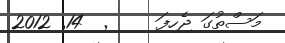
މަސްތުގަ ޖެހިފަ